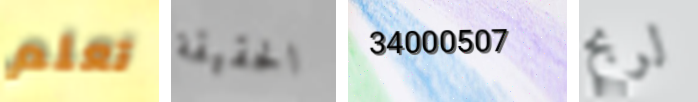
تعلم الحقيقة 34000507 لربح